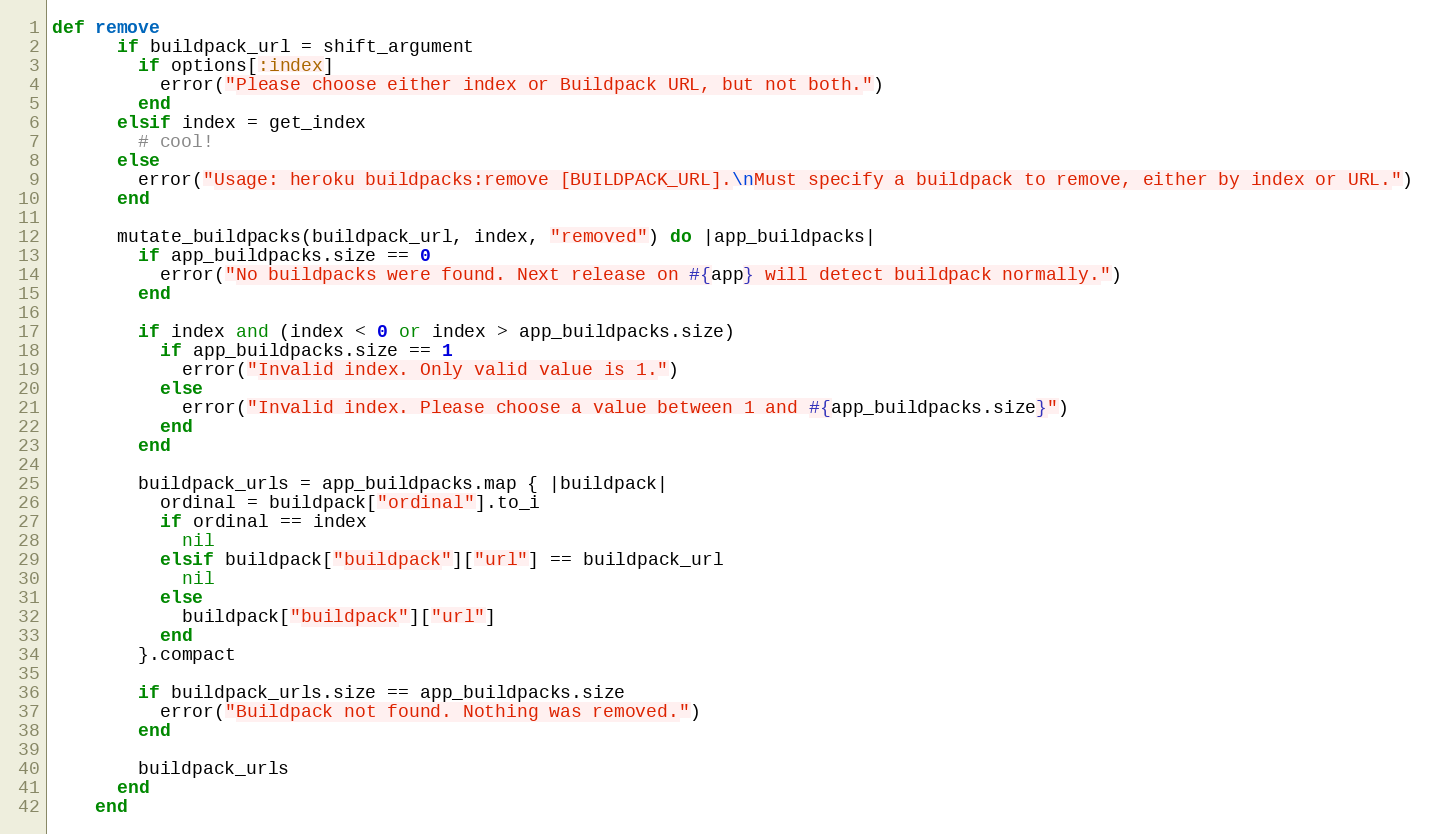
Language: Ruby
def remove
      if buildpack_url = shift_argument
        if options[:index]
          error("Please choose either index or Buildpack URL, but not both.")
        end
      elsif index = get_index
        # cool!
      else
        error("Usage: heroku buildpacks:remove [BUILDPACK_URL].\nMust specify a buildpack to remove, either by index or URL.")
      end

      mutate_buildpacks(buildpack_url, index, "removed") do |app_buildpacks|
        if app_buildpacks.size == 0
          error("No buildpacks were found. Next release on #{app} will detect buildpack normally.")
        end

        if index and (index < 0 or index > app_buildpacks.size)
          if app_buildpacks.size == 1
            error("Invalid index. Only valid value is 1.")
          else
            error("Invalid index. Please choose a value between 1 and #{app_buildpacks.size}")
          end
        end

        buildpack_urls = app_buildpacks.map { |buildpack|
          ordinal = buildpack["ordinal"].to_i
          if ordinal == index
            nil
          elsif buildpack["buildpack"]["url"] == buildpack_url
            nil
          else
            buildpack["buildpack"]["url"]
          end
        }.compact

        if buildpack_urls.size == app_buildpacks.size
          error("Buildpack not found. Nothing was removed.")
        end

        buildpack_urls
      end
    end